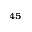
^ { 4 5 }